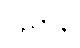
ပုညာနိ၊